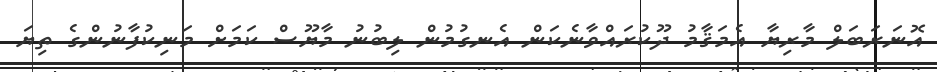
އޮނަރަބަލް މާރިޔާ އެމަޤާމު ދޫކުރައްވާނެކަން އެނގުމުން ލިބުނު މާޔޫސް ކަމަށް މަނިކުފާނުންގެ ތިޔަ